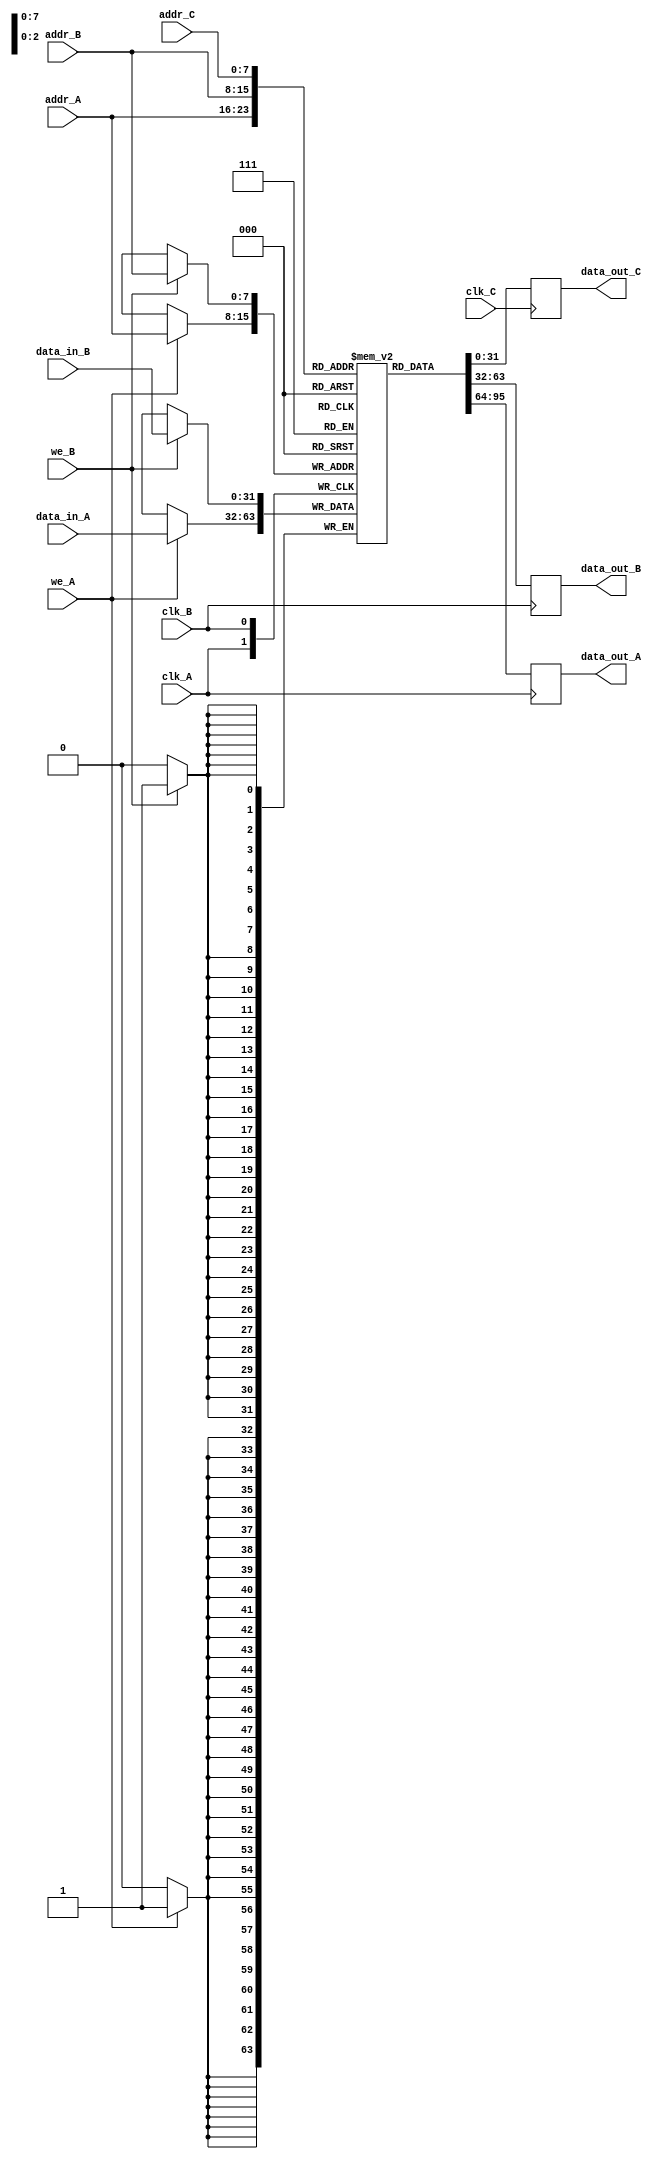
module triple_port_ram #(
    parameter DATA_WIDTH = 32,  // Width of the data
    parameter ADDR_WIDTH = 8     // Width of the address
)(
    // Port A
    input wire clk_A,
    input wire we_A,
    input wire [ADDR_WIDTH-1:0] addr_A,
    input wire [DATA_WIDTH-1:0] data_in_A,
    output reg [DATA_WIDTH-1:0] data_out_A,

    // Port B
    input wire clk_B,
    input wire we_B,
    input wire [ADDR_WIDTH-1:0] addr_B,
    input wire [DATA_WIDTH-1:0] data_in_B,
    output reg [DATA_WIDTH-1:0] data_out_B,

    // Port C
    input wire clk_C,
    input wire [ADDR_WIDTH-1:0] addr_C,
    output reg [DATA_WIDTH-1:0] data_out_C
);

    // Memory array declaration
    reg [DATA_WIDTH-1:0] ram [(2**ADDR_WIDTH)-1:0];

    // Port A operations
    always @(posedge clk_A) begin
        if (we_A) begin
            ram[addr_A] <= data_in_A; // Write operation
        end
        data_out_A <= ram[addr_A]; // Read operation
    end

    // Port B operations
    always @(posedge clk_B) begin
        if (we_B) begin
            ram[addr_B] <= data_in_B; // Write operation
        end
        data_out_B <= ram[addr_B]; // Read operation
    end

    // Port C operations
    always @(posedge clk_C) begin
        data_out_C <= ram[addr_C]; // Read operation
    end

endmodule